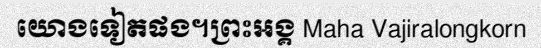
យោងទៀតផង។ព្រះអង្គ Maha Vajiralongkorn